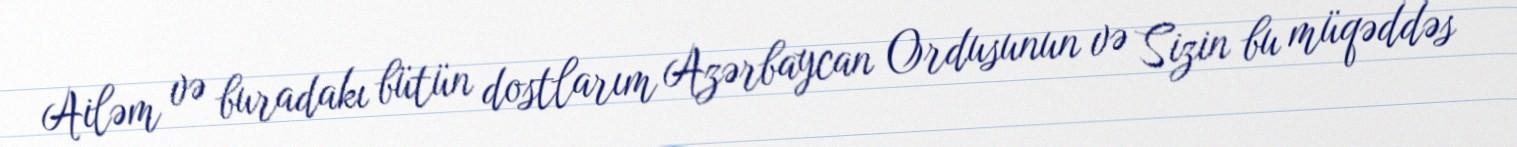
Ailəm və buradakı bütün dostlarım Azərbaycan Ordusunun və Sizin bu müqəddəs